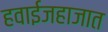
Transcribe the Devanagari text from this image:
हवाईजहाजात